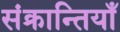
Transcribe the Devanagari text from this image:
संक्रान्तियाँ